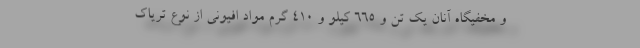
و مخفیگاه آنان یک تن و 665 کیلو و 410 گرم مواد افیونی از نوع تریاک